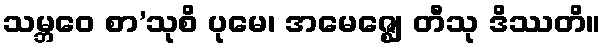
သမ္ဘဝေ စာ’သုစိ ပုမေ၊ အမေဇ္ဈေ တီသု ဒိဿတိ။